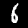
Digit: 6